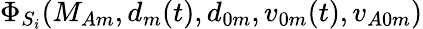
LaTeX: \Phi_{S_{i}}(M_{Am},d_{m}(t),d_{0m},v_{0m}(t),v_{A0m})